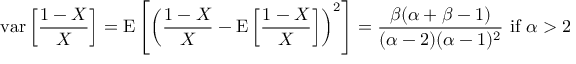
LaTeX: \operatorname { v a r } \left[ { \frac { 1 - X } { X } } \right] = \operatorname { E } \left[ \left( { \frac { 1 - X } { X } } - \operatorname { E } \left[ { \frac { 1 - X } { X } } \right] \right) ^ { 2 } \right] = { \frac { \beta ( \alpha + \beta - 1 ) } { ( \alpha - 2 ) ( \alpha - 1 ) ^ { 2 } } } { \mathrm { ~ i f ~ } } \alpha > 2